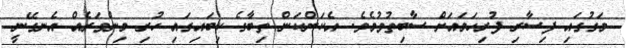
މަގުގައި ފިސާރި ފުރިހަމައަށް ސާބިތުވުމެވެ. އެކަންކަން ތިބާގެ ކިބައިގައި ހުރި މިންވަރެއް އެނގޭނީ